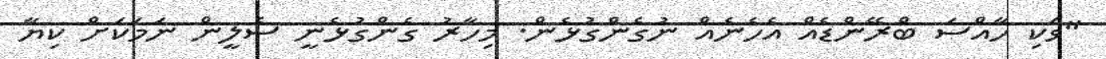
"ވަކި ހާއްސަ ބްރޭންޑެއް އެހެނެއް ނުގެންގުޅެން. މިހާރު ގެންގުޅެނީ ސެލީން ނަމަކަށް ކިޔާ